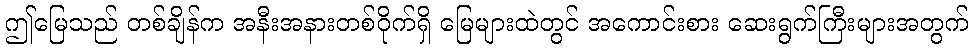
ဤမြေသည် တစ်ချိန်က အနီးအနားတစ်ဝိုက်ရှိ မြေများထဲတွင် အကောင်းစား ဆေးရွက်ကြီးများအတွက်